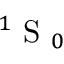
^ 1 \textrm { S } _ { 0 }